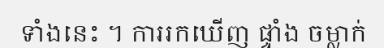
ទាំងនេះ ។ ការរកឃើញ ផ្ទាំង ចម្លាក់